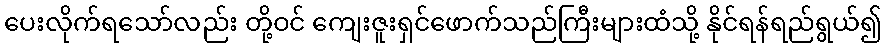
ပေးလိုက်ရသော်လည်း တို့ဝင် ကျေးဇူးရှင်ဖောက်သည်ကြီးများထံသို့ နိုင်ရန်ရည်ရွယ်၍